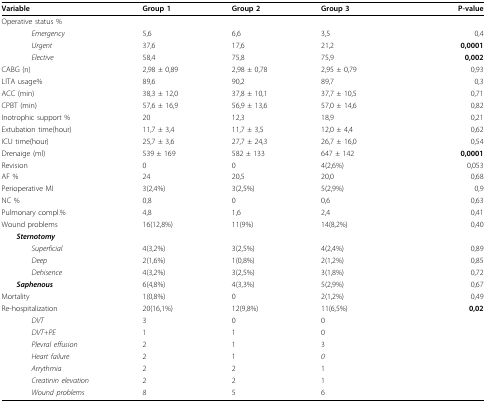
<table><thead><tr><td><b>Variable</b></td><td><b>Group 1</b></td><td><b>Group 2</b></td><td><b>Group 3</b></td><td><b>P-value</b></td></tr></thead><tbody><tr><td colspan="5">Operative status %</td></tr><tr><td><i>Emergency</i></td><td>5,6</td><td>6,6</td><td>3,5</td><td>0,4</td></tr><tr><td><i>Urgent</i></td><td>37,6</td><td>17,6</td><td>21,2</td><td><b>0,0001</b></td></tr><tr><td><i>Elective</i></td><td>58,4</td><td>75,8</td><td>75,9</td><td><b>0,002</b></td></tr><tr><td>CABG (n)</td><td>2,98 ± 0,89</td><td>2,98 ± 0,78</td><td>2,95 ± 0,79</td><td>0,93</td></tr><tr><td>LITA usage%</td><td>89,6</td><td>90,2</td><td>89,7</td><td>0,3</td></tr><tr><td>ACC (min)</td><td>38,3 ± 12,0</td><td>37,8 ± 10,1</td><td>37,7 ± 10,5</td><td>0,71</td></tr><tr><td>CPBT (min)</td><td>57,6 ± 16,9</td><td>56,9 ± 13,6</td><td>57,0 ± 14,6</td><td>0,82</td></tr><tr><td>Inotrophic support %</td><td>20</td><td>12,3</td><td>18,9</td><td>0,21</td></tr><tr><td>Extubation time(hour)</td><td>11,7 ± 3,4</td><td>11,7 ± 3,5</td><td>12,0 ± 4,4</td><td>0,62</td></tr><tr><td>ICU time(hour)</td><td>25,7 ± 3,6</td><td>27,7 ± 24,3</td><td>26,7 ± 16,0</td><td>0,54</td></tr><tr><td>Drenaige (ml)</td><td>539 ± 169</td><td>582 ± 133</td><td>647 ± 142</td><td><b>0,0001</b></td></tr><tr><td>Revision</td><td>0</td><td>0</td><td>4(2,6%)</td><td>0,053</td></tr><tr><td>AF %</td><td>24</td><td>20,5</td><td>20,0</td><td>0,68</td></tr><tr><td>Perioperative MI</td><td>3(2,4%)</td><td>3(2,5%)</td><td>5(2,9%)</td><td>0,9</td></tr><tr><td>NC %</td><td>0,8</td><td>0</td><td>0,6</td><td>0,63</td></tr><tr><td>Pulmonary compl.%</td><td>4,8</td><td>1,6</td><td>2,4</td><td>0,41</td></tr><tr><td>Wound problems</td><td>16(12,8%)</td><td>11(9%)</td><td>14(8,2%)</td><td>0,40</td></tr><tr><td colspan="5"> <b><i>Sternotomy</i></b></td></tr><tr><td><i>Superficial</i></td><td>4(3,2%)</td><td>3(2,5%)</td><td>4(2,4%)</td><td>0,89</td></tr><tr><td><i>Deep</i></td><td>2(1,6%)</td><td>1(0,8%)</td><td>2(1,2%)</td><td>0,85</td></tr><tr><td><i>Dehisence</i></td><td>4(3,2%)</td><td>3(2,5%)</td><td>3(1,8%)</td><td>0,72</td></tr><tr><td> <b><i>Saphenous</i></b></td><td>6(4,8%)</td><td>4(3,3%)</td><td>5(2,9%)</td><td>0,67</td></tr><tr><td>Mortality</td><td>1(0,8%)</td><td>0</td><td>2(1,2%)</td><td>0,49</td></tr><tr><td>Re-hospitalization</td><td>20(16,1%)</td><td>12(9,8%)</td><td>11(6,5%)</td><td><b>0,02</b></td></tr><tr><td><i>DVT</i></td><td>3</td><td>0</td><td>0</td><td></td></tr><tr><td><i>DVT+PE</i></td><td>1</td><td>1</td><td>0</td><td></td></tr><tr><td><i>Plevral effusion</i></td><td>2</td><td>1</td><td>3</td><td></td></tr><tr><td><i>Heart failure</i></td><td>2</td><td>1</td><td><i>0</i></td><td></td></tr><tr><td><i>Arrythmia</i></td><td>2</td><td>2</td><td>1</td><td></td></tr><tr><td><i>Creatinin elevation</i></td><td>2</td><td>2</td><td>1</td><td></td></tr><tr><td><i>Wound problems</i></td><td><i>8</i></td><td>5</td><td>6</td><td></td></tr></tbody></table>